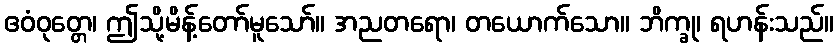
ဧဝံဝုတ္တေ၊ ဤသို့မိန့်တော်မူသော်။ အညတရော၊ တယောက်သော။ ဘိက္ခု၊ ရဟန်းသည်။